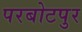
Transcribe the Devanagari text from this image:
परबोटपुर